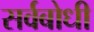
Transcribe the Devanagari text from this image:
सर्वबोधी